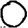
Digit: 0